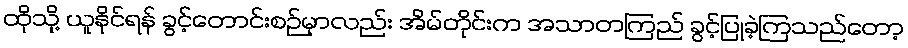
ထိုသို့ ယူနိုင်ရန် ခွင့်တောင်းစဉ်မှာလည်း အိမ်တိုင်းက အသာတကြည် ခွင့်ပြုခဲ့ကြသည်တော့